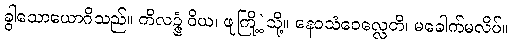
ခွါသောယောဂိသည်။ ကိလဉ္ဇံ ဝိယ၊ ဖျကြို့ဲ့သို့။ နေဝသံဝေလ္လေတိ၊ မခေါက်မလိပ်။